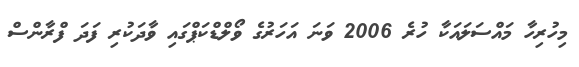
މިހުރިހާ މައްސަލައަކާ ހުރެ 2006 ވަނަ އަހަރުގެ ވޯލްޑްކަޕްގައި ވާދަކުރި ފަދަ ފްރާންސް